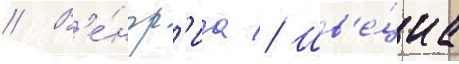
// В'е́нгр'иа // Шв'е́циа